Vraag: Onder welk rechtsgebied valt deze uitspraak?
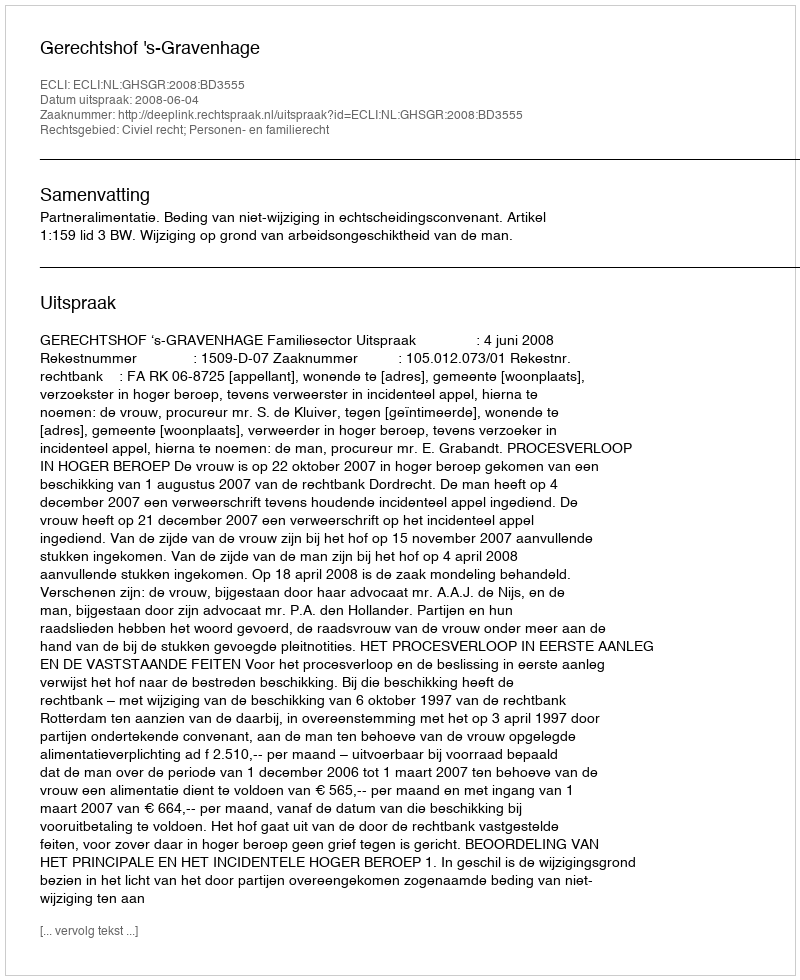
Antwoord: Civiel recht; Personen- en familierecht